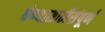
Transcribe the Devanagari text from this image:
घेण्यासाठीसंपूर्ण